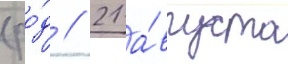
(ро́д // 21 а́вгуста